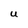
Character: U